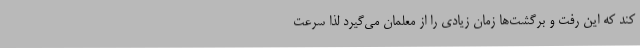
کند که این رفت و برگشت‌ها زمان زیادی را از معلمان می‌گیرد لذا سرعت